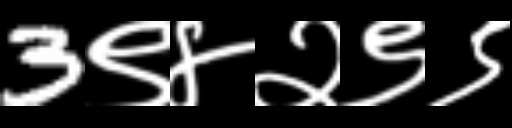
Text: 3९४२९९